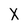
Character: X